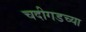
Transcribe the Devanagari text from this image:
चदीगडच्या